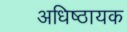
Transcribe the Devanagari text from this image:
अधिष्ठायक